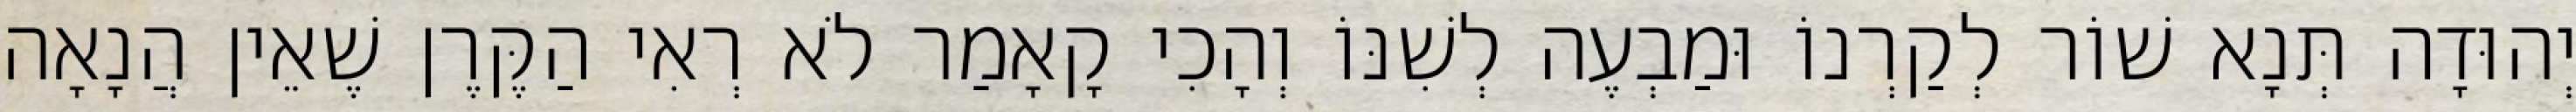
יְהוּדָה תְּנָא שׁוֹר לְקַרְנוֹ וּמַבְעֶה לְשִׁנּוֹ וְהָכִי קָאָמַר לֹא רְאִי הַקֶּרֶן שֶׁאֵין הֲנָאָה